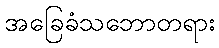
အခြေခံသဘောတရား